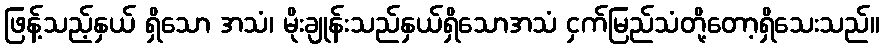
ဖြန့်သည့်နှယ် ရှိသော အသံ၊ မိုးချုန်းသည်နှယ်ရှိသောအသံ ငှက်မြည်သံတို့တော့ရှိသေးသည်။